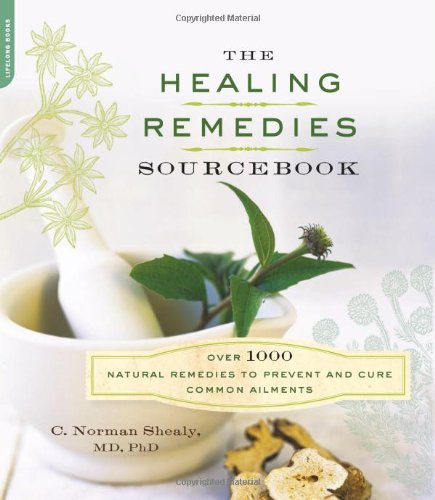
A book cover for The Healing Remedies Sourcebook: Over 1000 Natural Remedies to Prevent and Cure Common Ailments; C. Norman Shealy; Health, Fitness & Dieting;